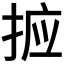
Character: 𭡆